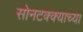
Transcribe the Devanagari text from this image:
सोनटक्क्याच्या